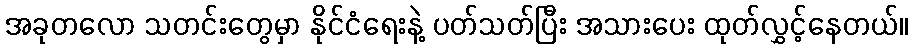
အခုတလော သတင်းတွေမှာ နိုင်ငံရေးနဲ့ ပတ်သတ်ပြီး အသားပေး ထုတ်လွှင့်နေတယ်။